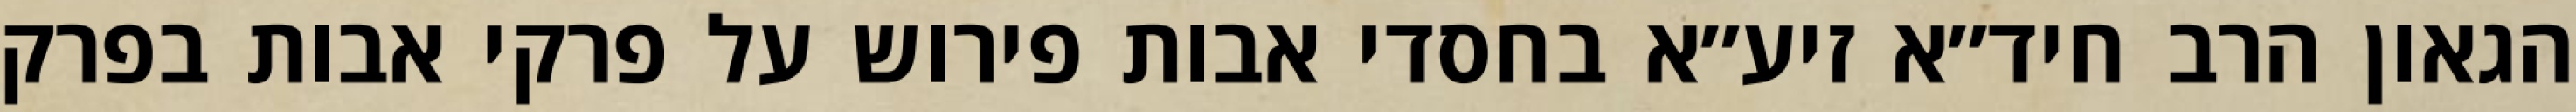
הגאון הרב חיד״א זיע״א בחסדי אבות פירוש על פרקי אבות בפרק